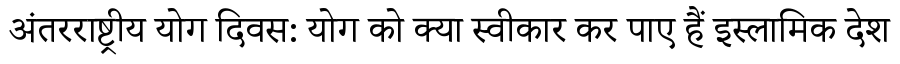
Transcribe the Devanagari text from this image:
अंतरराष्ट्रीय योग दिवस: योग को क्या स्वीकार कर पाए हैं इस्लामिक देश